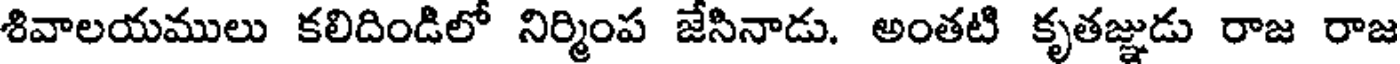
శివాలయములు కలిదిండిలో నిర్మింప జేసినాడు. అంతటి కృతజ్ఞుడు రాజ రాజ